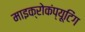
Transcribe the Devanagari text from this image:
माइक्रोकंप्यूटिंग